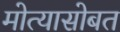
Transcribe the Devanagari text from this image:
मोत्यासोबत